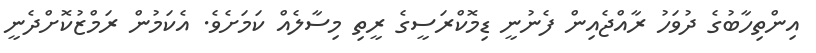
އިންތިހާބުގެ ދުވަހު ރާއްޖެއިން ފެނުނީ ޑިމޮކްރަސީގެ ރީތި މިސާލެއް ކަމަށެވެ. އެކަމުން ރަމްޒުކޮށްދެނީ